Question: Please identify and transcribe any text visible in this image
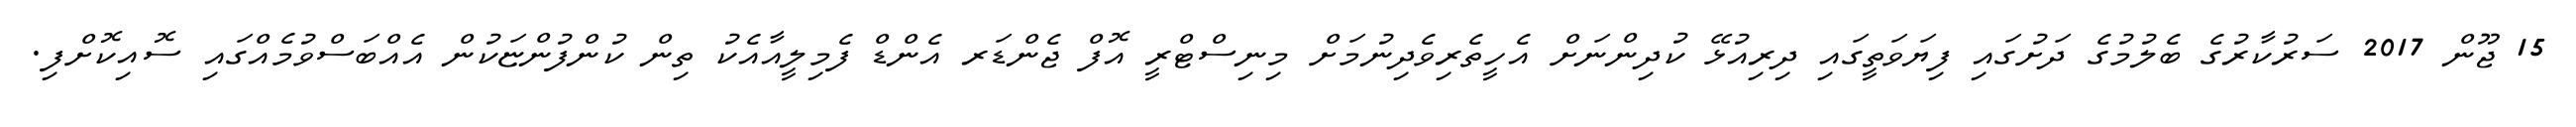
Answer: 15 ޖޫން 2017 ސަރުކާރުގެ ބެލުމުގެ ދަށުގައި ފިޔަވަތީގައި ދިރިއުޅޭ ކުދިންނަށް އެހީތެރިވެދިނުމަށް މިނިސްޓްރީ އޮފް ޖެންޑަރ އެންޑް ފެމިލީއާއެކު ތިން ކުންފުންޏަކުން އެއްބަސްވުމެއްގައި ސޮއިކޮށްފި.